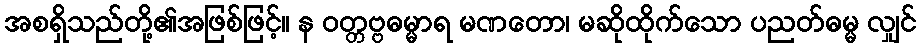
အစရှိသည်တို့၏အဖြစ်ဖြင့်။ န ဝတ္တဗ္ဗဓမ္မာရ မဏတော၊ မဆိုထိုက်သော ပညတ်ဓမ္မ လျှင်